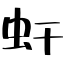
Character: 虷